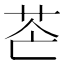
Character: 𦭆